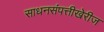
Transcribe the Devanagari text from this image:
साधनसंपत्तीखेरीज